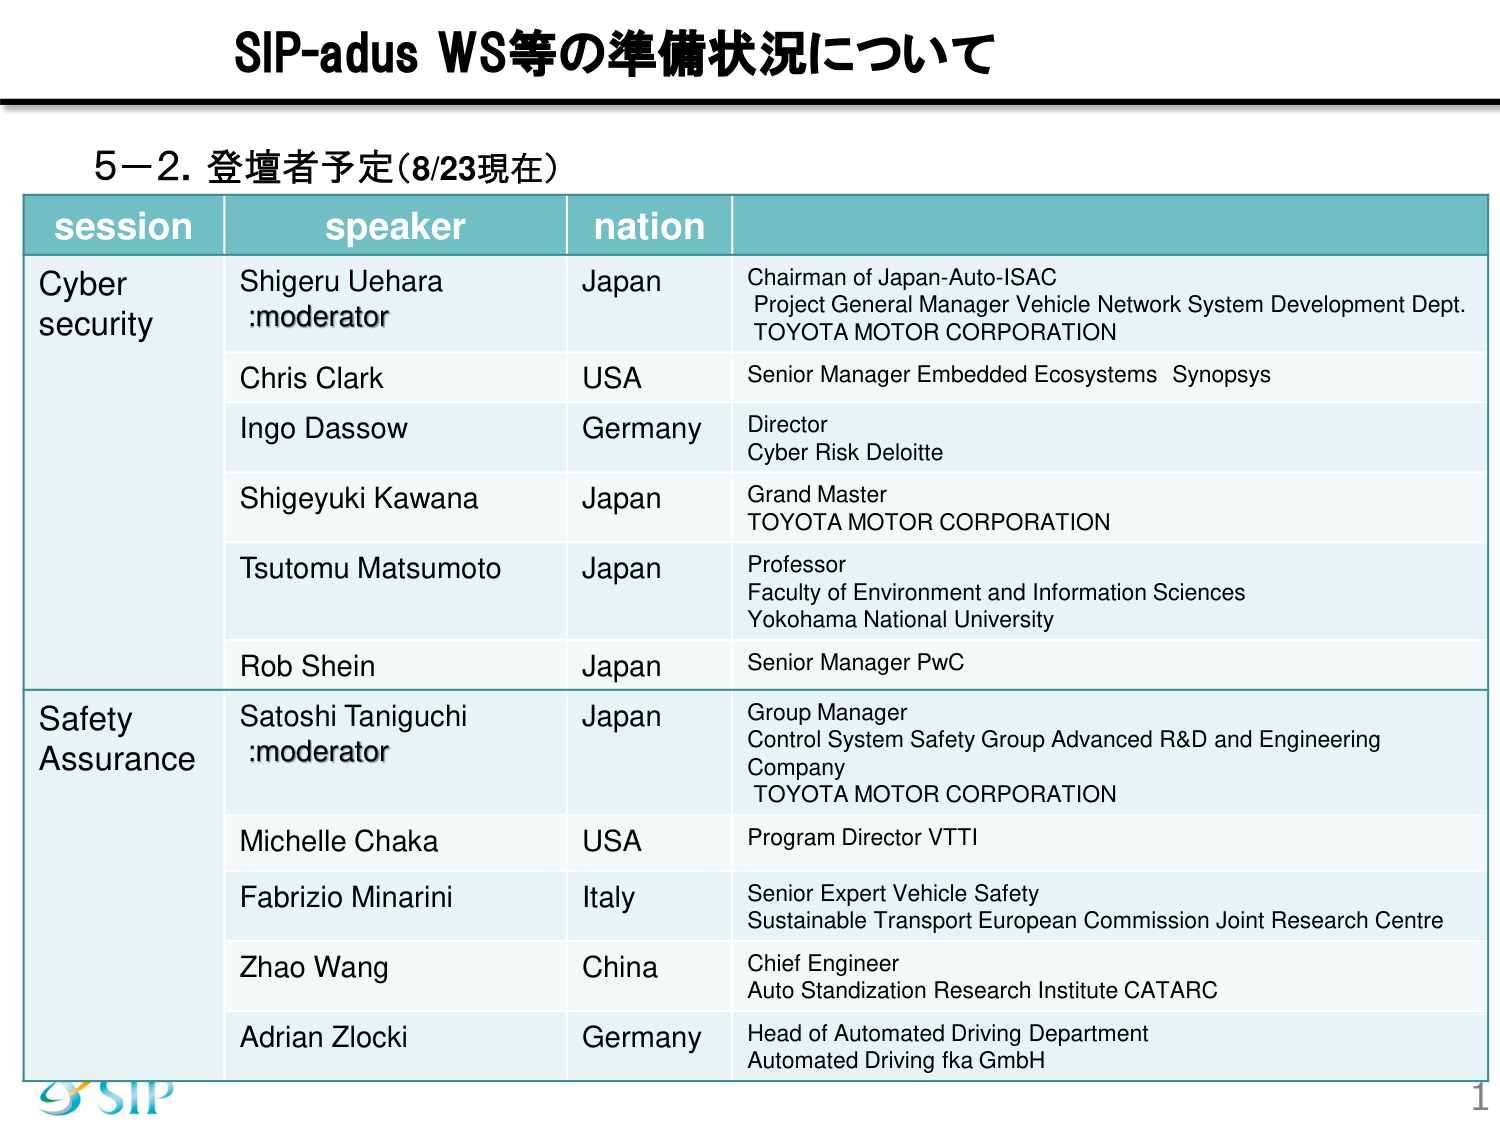
SIP-adus WS等の準備状況について

5-2. 登壇者予定（8/23現在）

session	speaker	nation
Cyber security	Shigeru Uehara :moderator	Japan	Chairman of Japan-Auto-ISAC Project General Manager Vehicle Network System Development Dept. TOYOTA MOTOR CORPORATION
	Chris Clark	USA	Senior Manager Embedded Ecosystems Synopsys
	Ingo Dassow	Germany	Director Cyber Risk Deloitte
	Shigeyuki Kawana	Japan	Grand Master TOYOTA MOTOR CORPORATION
	Tsutomu Matsumoto	Japan	Professor Faculty of Environment and Information Sciences Yokohama National University
	Rob Shein	Japan	Senior Manager PwC
Safety Assurance	Satoshi Taniguchi :moderator	Japan	Group Manager Control System Safety Group Advanced R&D and Engineering Company TOYOTA MOTOR CORPORATION
	Michelle Chaka	USA	Program Director VTTI
	Fabrizio Minarini	Italy	Senior Expert Vehicle Safety Sustainable Transport European Commission Joint Research Centre
	Zhao Wang	China	Chief Engineer Auto Standization Research Institute CATARC
	Adrian Zlocki	Germany	Head of Automated Driving Department Automated Driving fka GmbH

SIP
1